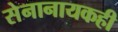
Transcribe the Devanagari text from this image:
सेनानायकही